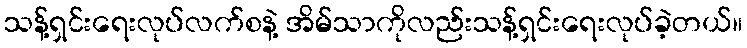
သန့်ရှင်းရေးလုပ်လက်စနဲ့ အိမ်သာကိုလည်းသန့်ရှင်းရေးလုပ်ခဲ့တယ်။